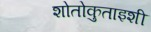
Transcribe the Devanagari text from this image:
शोतोकुताइशी